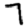
Digit: 7